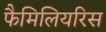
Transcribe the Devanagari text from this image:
फैमिलियरिस